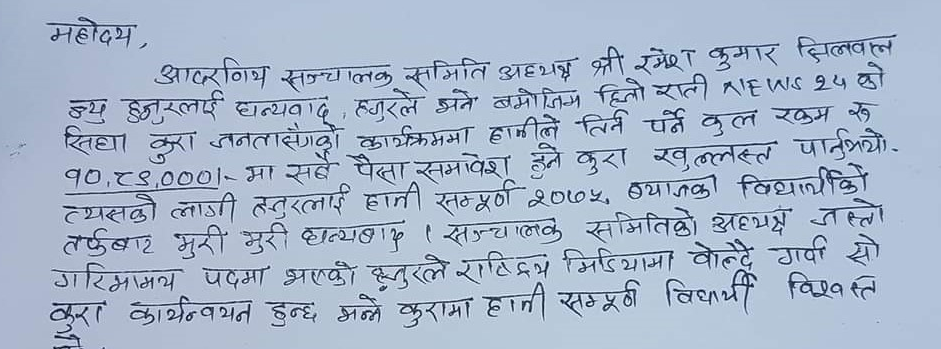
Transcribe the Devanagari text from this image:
महोदय,
आदरणीय सञ्चालक समिति अध्यक्ष श्री रमेश कुमार झिल्लवन्
न्यु हजुरलाई धन्यबाद, हजुरले भने बमोजिम हिजो राती NEWS 24 को
सिधा कुरा जनतासङ्गको कार्यक्रममा हामीले तिर्नु पर्ने कुल रकम रु
१०,८९,०००। - मा सबै पैसा समावेश हुने कुरा खुल्लस्त पार्नुभयो।
त्यसको लागी हजुरलाई हामी सम्पूर्ण २०७५, ब्याजका विद्यार्थीको
तर्फबाट मुरी मुरी धन्यबाद । सञ्चालक समितिको अध्यक्ष जस्तो
गरिमामामय पदमा भएको हजुरले राष्ट्रिय मिडियामा बोल्दै गर्दा सो
कुरा कार्यनन्वयन हुन्छ भन्ने कुरामा हामी सम्पूर्ण विद्यार्थी विश्वस्त